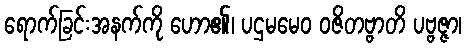
ရောက်ခြင်းအနက်ကို ဟော၏၊ ပဌမမေဝ ဝဇိတဗ္ဗာတိ ပဗ္ဗဇ္ဇာ၊